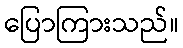
ပြောကြားသည်။